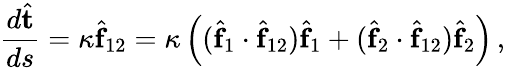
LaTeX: \frac{d\hat{\mathbf t}}{ds}=\kappa\hat{\mathbf f}_{12}=\kappa\left((\hat{\mathbf f}_{1}\cdot\hat{\mathbf f}_{12})\hat{\mathbf f}_{1}+(\hat{\mathbf f}_{2}\cdot\hat{\mathbf f}_{12})\hat{\mathbf f}_{2}\right)\, ,